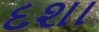
દશા